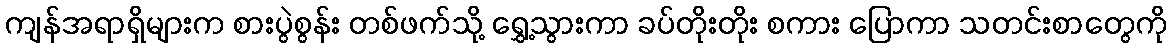
ကျန်အရာရှိများက စားပွဲစွန်း တစ်ဖက်သို့ ရွှေ့သွားကာ ခပ်တိုးတိုး စကား ပြောကာ သတင်းစာတွေကို